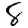
Digit: 8